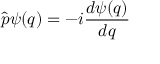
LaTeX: { \hat { p } } \psi ( q ) = - i { \frac { d \psi ( q ) } { d q } }